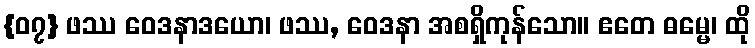
{၀၇} ဖဿ ဝေဒနာဒယော၊ ဖဿ, ဝေဒနာ အစရှိကုန်သော။ ဧတေ ဓမ္မေ၊ ထို